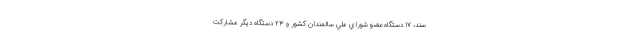
سند، ۱۷ دستگاه عضو شوراي ملي سالمندان كشور و ۲۳ دستگاه ديگر مشاركت